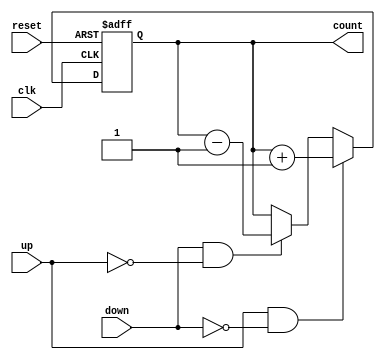
module UpDownCounter (
    input wire clk,          // Clock signal
    input wire reset,        // Asynchronous reset signal
    input wire up,          // Count up control signal
    input wire down,        // Count down control signal
    output reg [3:0] count   // 4-bit counter output
);

// Asynchronous reset and counting logic
always @(posedge clk or posedge reset) begin
    if (reset) begin
        count <= 4'b0000; // Reset the counter to 0
    end else if (up && !down) begin
        count <= count + 1; // Count up
    end else if (down && !up) begin
        count <= count - 1; // Count down
    end
end

endmodule